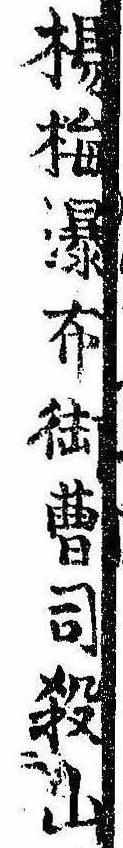
楊梅瀑布御曹司殺山